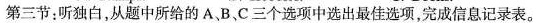
第三节:听独白，从题中所给的A、B、C三个选项中选出最佳选项，完成信息记录表。